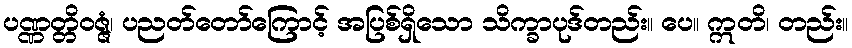
ပဏ္ဏတ္တိဝဇ္ဇံ၊ ပညတ်တော်ကြောင့် အပြစ်ရှိသော သိက္ခာပုဒ်တည်း။ ပေ။ ဣတိ၊ တည်း။